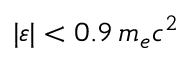
| \varepsilon | < 0 . 9 \, m _ { e } c ^ { 2 }